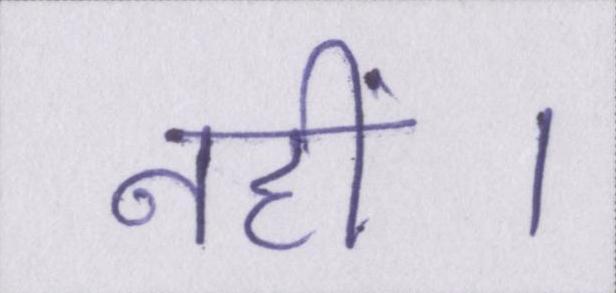
नहीं।